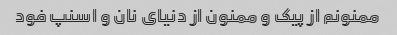
ممنونم از پیک و ممنون از دنیای نان و اسنپ فود